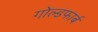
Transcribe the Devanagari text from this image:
गोल्डफार्ब